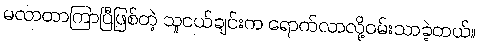
မလာတာကြာပြီဖြစ်တဲ့ သူငယ်ချင်းက ရောက်လာလို့ဝမ်းသာခဲ့တယ်။